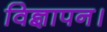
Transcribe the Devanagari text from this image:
विज्ञापन।